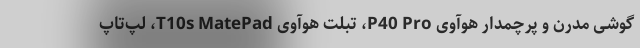
گوشی مدرن و پرچمدار هوآوی P40 Pro، تبلت هوآوی T10s MatePad، لپ‌تاپ